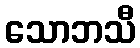
သောဘသီ